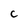
Character: c